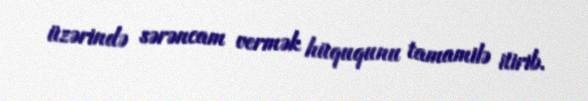
üzərində sərəncam vermək hüququnu tamamilə itirib.